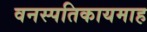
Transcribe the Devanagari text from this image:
वनस्पतिकायमाह